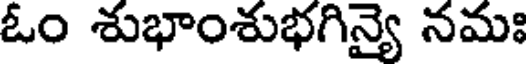
ఓం శుభాంశుభగిన్యై నమః